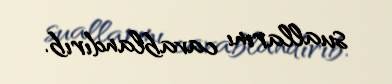
suallarını cavablandırıb.